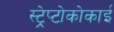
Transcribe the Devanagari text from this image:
स्ट्रेप्टोकोकाई